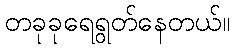
တခုခုရေရွတ်နေတယ်။